Vaccine operations Central Provinces 1886-1899 - 1886-1899
Year: 1886
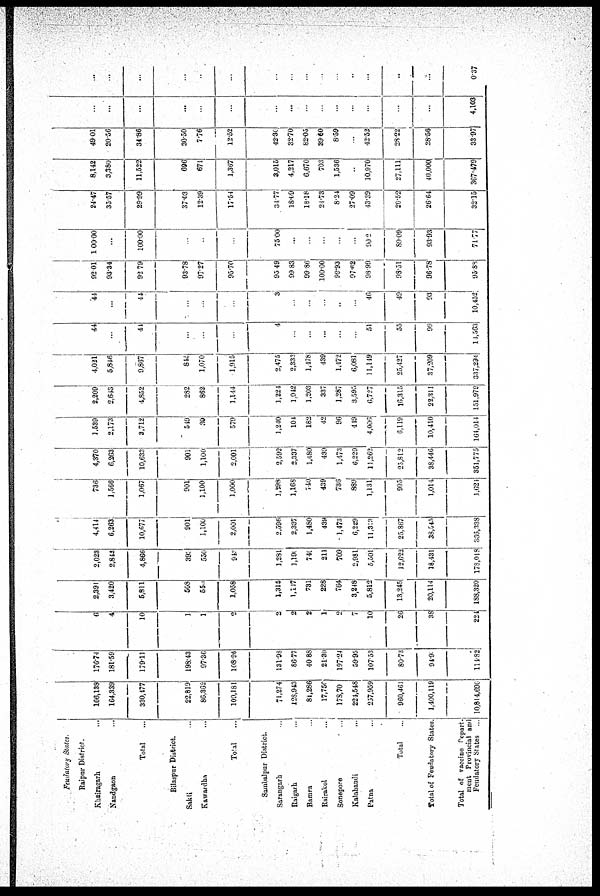
Feudatory States.
Raipur District.
Khairagarh ...
Nandgaon ...
Total ...
Bilaspur District.
Sakti ...
Kawardha ...
Total ...
Sambalpur District.
Sarangarh ...
Raigarh ...
Bamra ...
Rairakol ...
Sonepore
...
Kalahandi
...
Patna ...
Total
Total of Feudatory States.
Total of vaccine Depart¬
ment Provincial and
Feudatory States ...
166,138
164,339
330,177
22,819
86,362
109,181
71,274
128,943
81,286
17,750
178,70
224,548
237,959
960,461
1,400,119
10,814,690
176.74
181.59
179.11
198.43
97.36
108.96
131.98
86.77
40.88
21.30
197.24
59.95
107.53
80.73
94.9
114.82
6
4
10
1
1
2
2
2
2
1
2
7
10
26
38
221
2,391
3,420
5,811
508
550
1,058
1,315
1,117
731
228
764
3,248
5,812
13,245
20,114
188,320
2,023
2,843
4,866
393
550
943
1,281
1,190
749
211
709
2,981
5,501
12,622
18,431
178,018
4,414
6,263
10,677
901
1,100
2,001
2,596
2,337
1,480
439
1,473
6,229
11,313
25,867
38,545
366,338
736
1,566
1,067
901
1,100
1,000
1,298
1,168
740
439
736
889
1,131
995
1,014
1,624
4,370
6,263
10,633
901
1,100
2,001
2,592
2,337
1,480
439
1,473
6,229
11,262
25,812
38,446
351,775
1,539
2,173
3,712
549
30
579
1,240
101
182
42
96
419
4,006
6,119
10,410
164,014
2,209
2,643
4,852
282
862
1,144
1,224
1,942
1,203
337
1,287
3,595
6,727
16,315
22,311
151,979
4,021
5,846
9,867
845
1,070
1,915
2,475
2,333
1,178
439
1,172
6,081
11,149
25,427
37,209
337,294
44
...
44
...
...
...
4
...
...
...
...
...
51
55
99
14,563
44
...
44
...
...
...
3
...
...
...
..
...
46
49
93
10,452
92.01
93.34
92.79
93.78
97.27
95.70
95 49
99.83
99.86
100.00
99.93
97.62
989.9
98.51
96.78
95.88
100.00
...
100.00
...
...
...
75.00
...
...
...
...
...
90.2
89.09
93.93
71.77
24.47
35.57
29.99
37.03
12.39
17.54
34.77
18.69
18.18
21.73
8.24
27.09
43.39
20.52
26.64
32.15
8,142
3,380
11,522
696
671
1,367
3,015
4,217
6,670
703
1,536
..
10,970
27,111
40,000
367.479
49.01
20.56
34.86
30.50
7.76
12.52
42.30
32.70
82.05
39.60
859
...
42.52
28.22
28.56
33.97
...
...
...
...
...
...
...
...
...
...
...
...
...
...
...
4,103
...
...
...
...
...
...
...
...
...
.
..
...
..
...
0.37